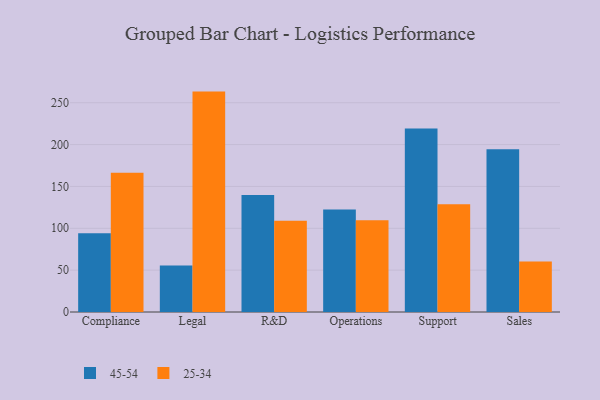
{"axis": {"x": "Department", "y": "Customer Acquisition Cost (USD)"}, "legend": ["25-34", "45-54"], "data": [{"x": "Compliance", "y": 94.1, "type": "45-54"}, {"x": "Compliance", "y": 166.5, "type": "25-34"}, {"x": "Legal", "y": 55.7, "type": "45-54"}, {"x": "Legal", "y": 263.3, "type": "25-34"}, {"x": "R&D", "y": 139.8, "type": "45-54"}, {"x": "R&D", "y": 108.9, "type": "25-34"}, {"x": "Operations", "y": 122.6, "type": "45-54"}, {"x": "Operations", "y": 109.7, "type": "25-34"}, {"x": "Support", "y": 219.1, "type": "45-54"}, {"x": "Support", "y": 128.6, "type": "25-34"}, {"x": "Sales", "y": 194.5, "type": "45-54"}, {"x": "Sales", "y": 60.3, "type": "25-34"}]}